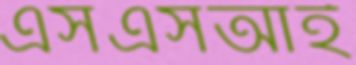
এসএসআই